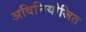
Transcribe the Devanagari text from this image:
अविनियोजित